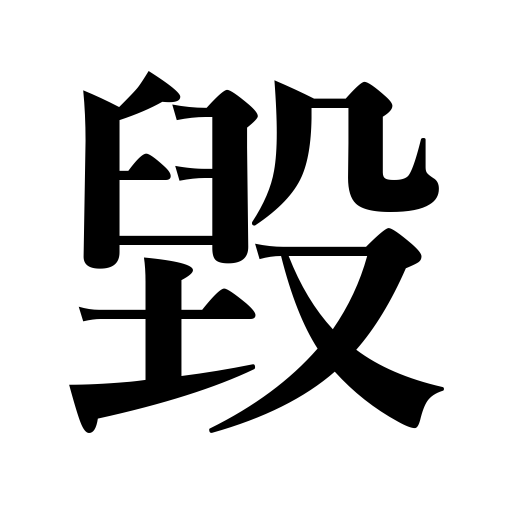
Meanings: demolish,destroy,break